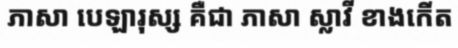
ភាសា បេឡារុស្ស គឺជា ភាសា ស្លាវី ខាងកើត